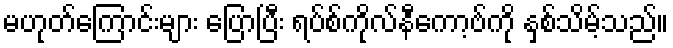
မဟုတ်ကြောင်းများ ပြောပြီး ရပ်စ်ကိုလ်နီကော့ဗ်ကို နှစ်သိမ့်သည်။